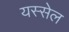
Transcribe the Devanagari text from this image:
यस्सेल